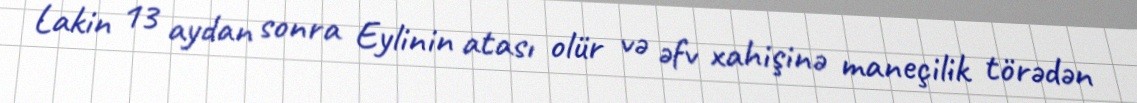
Lakin 13 aydan sonra Eylinin atası olür və əfv xahişinə maneçilik törədən